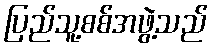
ပြည်သူ့စစ်အဖွဲ့သည်